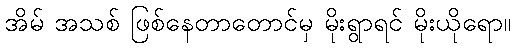
အိမ် အသစ် ဖြစ်နေတာတောင်မှ မိုးရွာရင် မိုးယိုရော။